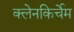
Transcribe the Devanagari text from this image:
क्लेनकिर्चेम